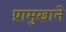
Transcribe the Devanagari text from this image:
प्रामुखाने